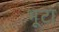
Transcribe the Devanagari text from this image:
भूटा